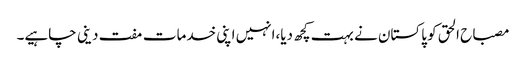
مصباح الحق کو پاکستان نے بہت کچھ دیا،انہیں اپنی خدمات مفت دینی چاہیے۔